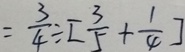
= \frac { 3 } { 4 } \div [ \frac { 3 } { 5 } + \frac { 1 } { 4 } ]